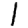
Digit: 1